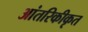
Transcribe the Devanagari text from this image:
आंतरिकीकृत